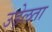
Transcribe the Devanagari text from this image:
उड़ेलता